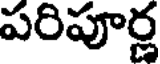
పరిపూర్ణ